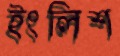
ইংলিশ